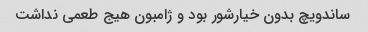
ساندویچ بدون خیارشور بود و ژامبون هیج طعمی نداشت